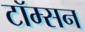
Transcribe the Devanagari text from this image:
टॉम्सन